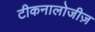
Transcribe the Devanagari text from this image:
टीकनालोजीज़